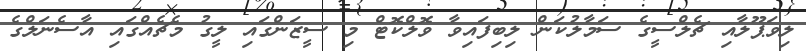
ލިވަޕޫލާއި ޗެލްސީގެ ސަމާލުކަން ލިބިފައިވާ ވޮލްކޮޓް މި ސީޒަންގައި ލީގު މެޗެއްގައި އާސެނަލްގެ